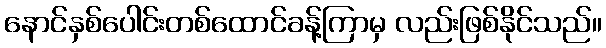
နောင်နှစ်ပေါင်းတစ်ထောင်ခန့်ကြာမှ လည်းဖြစ်နိုင်သည်။